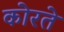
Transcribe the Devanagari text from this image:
कोरते